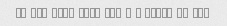
it was very very bad - I threw it out